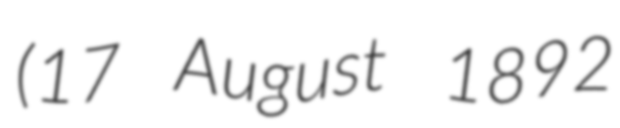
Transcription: (17 August 1892